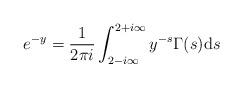
LaTeX: \begin{align*}e^{-y}={1\over2\pi i}\int_{2-i\infty}^{2+i\infty}y^{-s}\Gamma(s)\mathrm ds\end{align*}